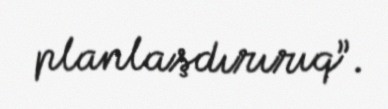
planlaşdırırıq”.